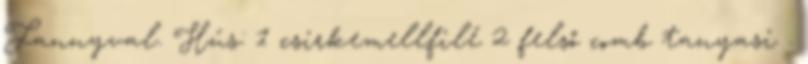
Fannyval. Hús: 1 csirkemellfilé 2 felső comb tanyasi .